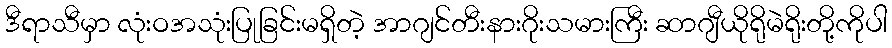
ဒီရာသီမှာ လုံးဝအသုံးပြုခြင်းမရှိတဲ့ အာဂျင်တီးနားဂိုးသမားကြီး ဆာဂျီယိုရိုမဲရိုးတို့ကိုပါ